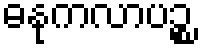
ဓနုကလာပဉ္စ